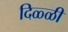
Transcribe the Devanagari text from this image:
दिळ्ळी